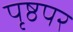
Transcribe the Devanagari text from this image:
पृष्ठपर